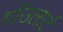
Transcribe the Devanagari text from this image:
गाॅउलार्ट